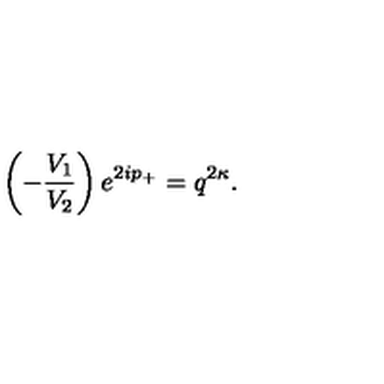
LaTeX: \left( - \frac { V _ { 1 } } { V _ { 2 } } \right) e ^ { 2 i p _ { + } } = q ^ { 2 \kappa } .